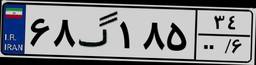
۶۸گ۱۸۵۳۴